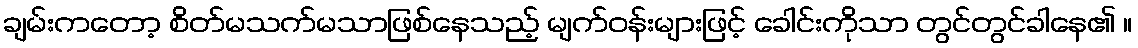
ချမ်းကတော့ စိတ်မသက်မသာဖြစ်နေသည့် မျက်ဝန်းများဖြင့် ခေါင်းကိုသာ တွင်တွင်ခါနေ၏ ။